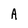
Character: A